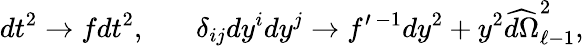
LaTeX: dt^{2}\to fdt^{2},\ \ \ \ \ \ \ \delta_{ij}dy^{i}dy^{j}\to f^{\prime\, -1}dy^{2}+y^{2}\widehat{d\Omega}_{\ell-1}^{2},